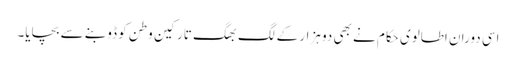
اسی دوران اطالوی حکام نے بھی دو ہزار کے لگ بھگ تارکین وطن کو ڈوبنے سے بچایا۔